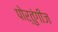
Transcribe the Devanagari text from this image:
पोर्तुंगीज